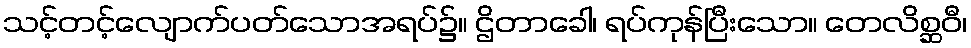
သင့်တင့်လျောက်ပတ်သောအရပ်၌။ ဌိတာခေါ၊ ရပ်ကုန်ပြီးသော။ တေလိစ္ဆဝီ၊